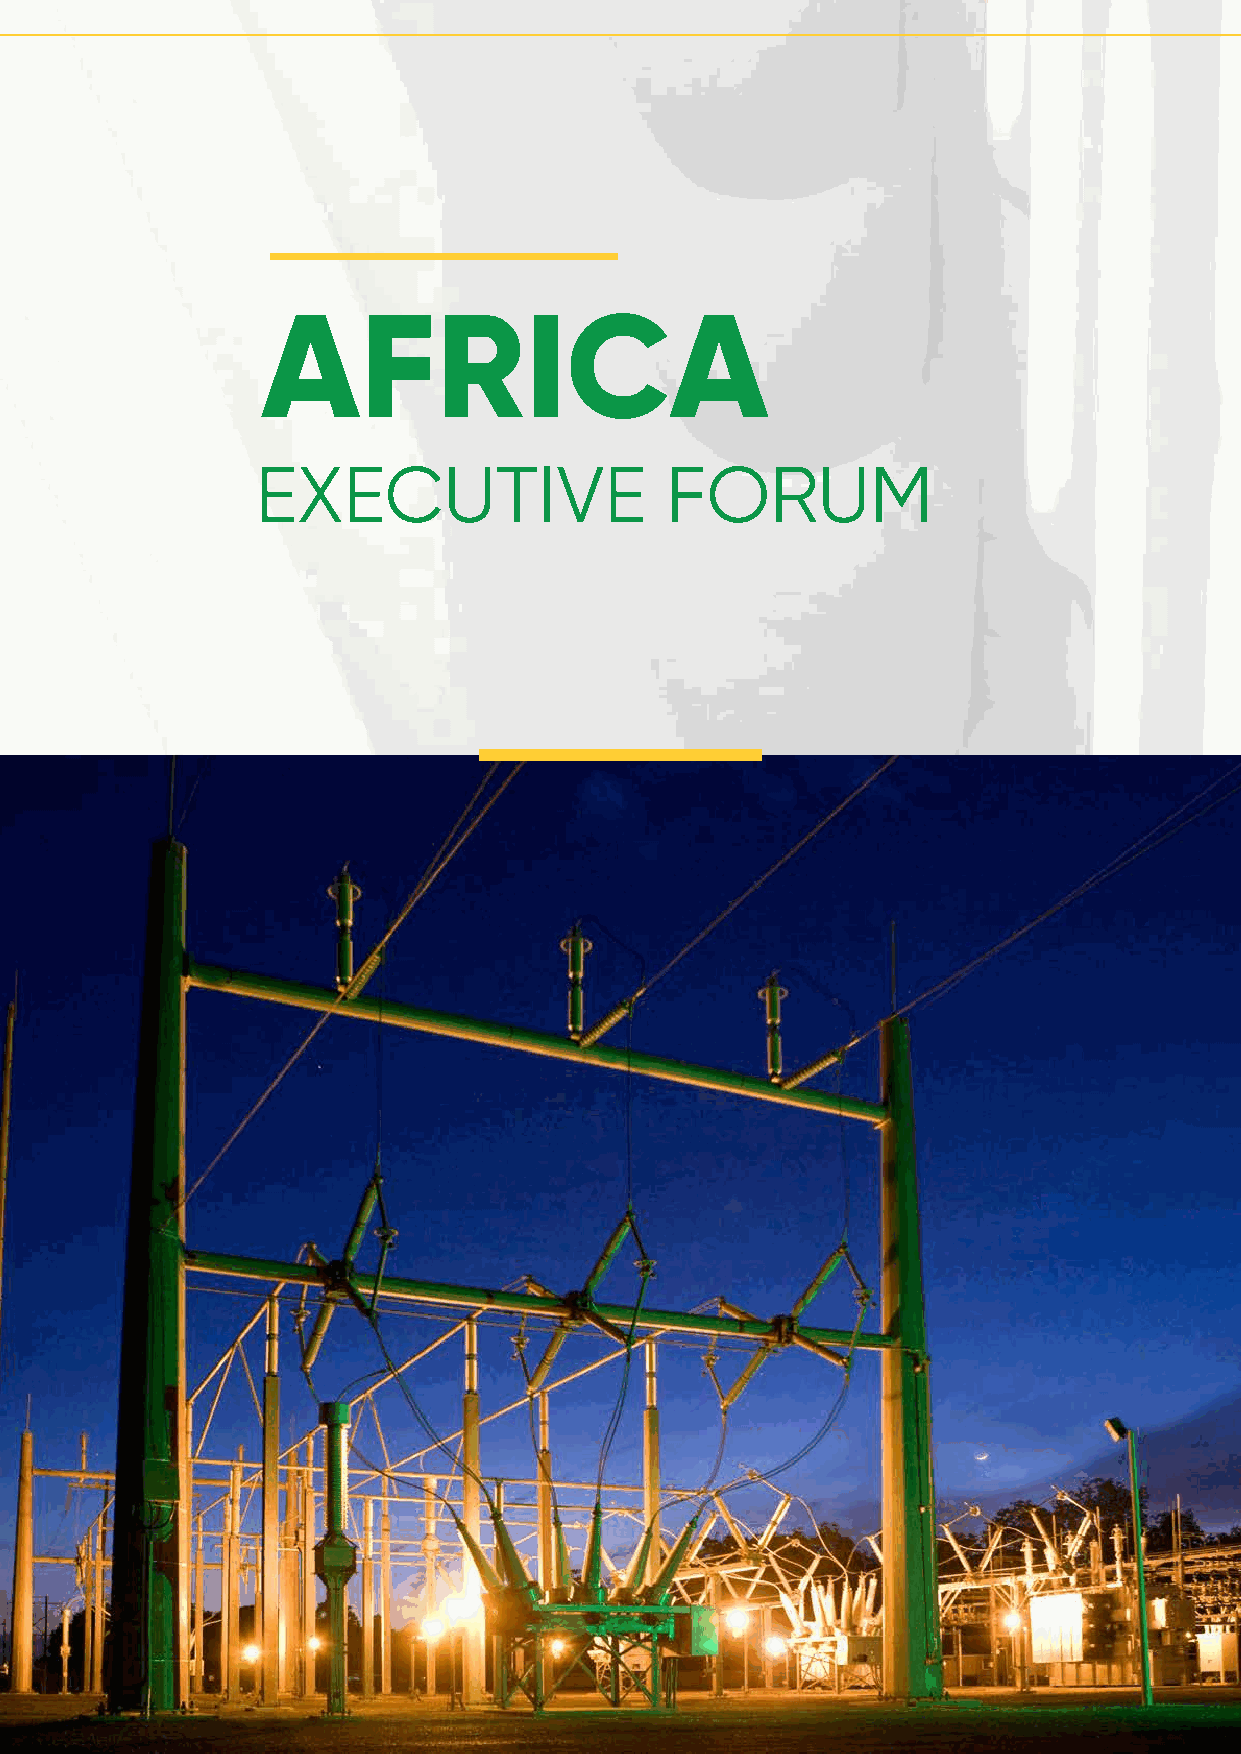
AFRICA
 EXECUTIVE                  FORUM
 2020 IEEE POWERAFRICA VIRTUAL CONFERENCE 25 – 28 AUGUST 2020 22